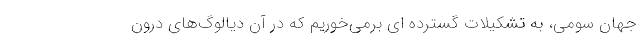
جهان سومی، به تشکیلاتِ گسترده ای برمی­خوریم که در آن دیالوگ­های درون